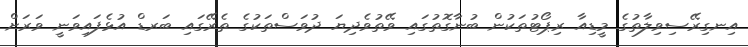
އިނގިރޭސިވިލާތުގެ މީޑިއާ ރިޕޯޓުތަކުން ބުނާގޮތުގައި ވޭތުވެދިޔަ ދުވަސްތަކުގެ ތެރޭގައި ބަރޑް އުޅެފައިވަނީ ވަރަށް